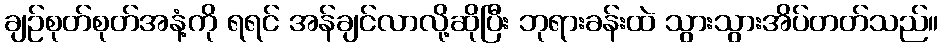
ချဉ်စုတ်စုတ်အနံ့ကို ရရင် အန်ချင်လာလို့ဆိုပြီး ဘုရားခန်းထဲ သွားသွားအိပ်တတ်သည်။